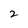
Character: 2